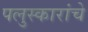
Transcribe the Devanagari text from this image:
पलुस्कारांचे